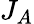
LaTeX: J_{A}